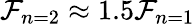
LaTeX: \mathcal{F}_{n=2}\approx1.5\mathcal{F}_{n=1}